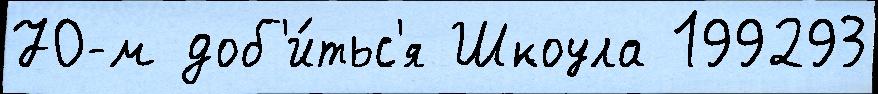
70-м доб'и́тьс'я Шкоула 199293